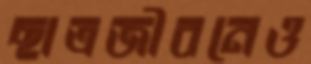
ছাত্রজীবনেও